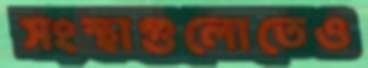
সংস্থাগুলোতেও